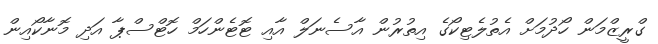
ގްރީޒްމަން ހޯދުމަށް އެތުލެޓިކޯގެ އިތުރުން އާސެނަލް އާއި ޓޮޓެންހަމް ހޮޓްސްޕާ އަދި މޮނާކޯއިން